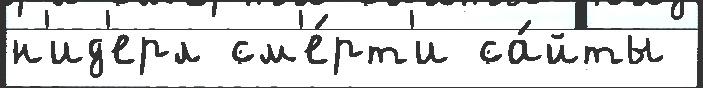
н'ид'ерл см'е́рт'и са́йты